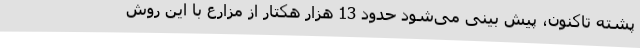
پشته تاکنون، پیش بینی می‌شود حدود 13 هزار هکتار از مزارع با این روش